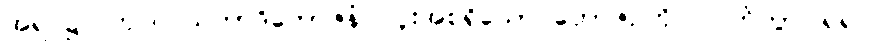
အရပ်၌။ ကုဒြူ သကာဒိဘောဇနံ၊ လူးအစရှိသော ဘောဇဉ်ကို။ လဘိတွာ၊ ရ၍။